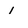
Character: 1